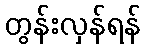
တွန်းလှန်ရန်